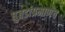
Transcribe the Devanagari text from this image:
घुबडांप्रमाणेच